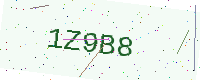
Text: 1Z9B8